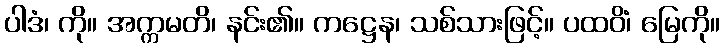
ပါဒံ၊ ကို။ အက္ကမတိ၊ နင်း၏။ ကဋ္ဌေန၊ သစ်သားဖြင့်။ ပထဝိံ၊ မြေကို။